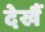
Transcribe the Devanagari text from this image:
देखैं